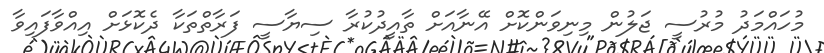
މުހައްމަދު މުރުސީ ޖަލުން މިނިވަންކޮށް އޭނާއަށް ތާއީދުކުރާ ސިޔާސީ ފަރާތްތަކާ ދެކޮޅަށް އިއްވާފައިވާ